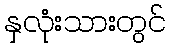
နှလုံးသားတွင်